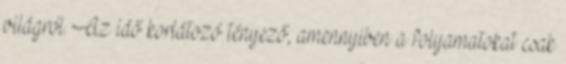
világról. Az idő korlátozó tényező, amennyiben a folyamatokat csak